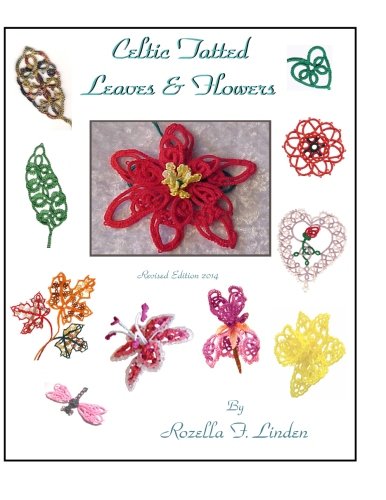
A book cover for Celtic Tatted Leaves and Flowers; Rozella Florence Linden; Crafts, Hobbies & Home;